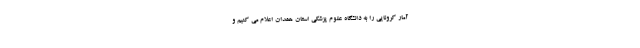
آمار کرونایی را به دانشگاه علوم پزشکی استان همدان اعلام می کنیم و